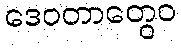
ဒေဝတာတွေဝ